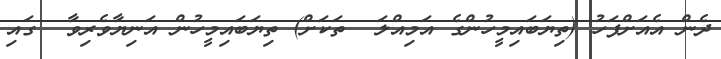
ދެން އެއަށްފަހު (ތިޔަބައިމީހުންގެ އަމިއްލަ  ތަކަށް) ތިޔަބައިމީހުން އަނިޔާވެރިވާ  ގައި